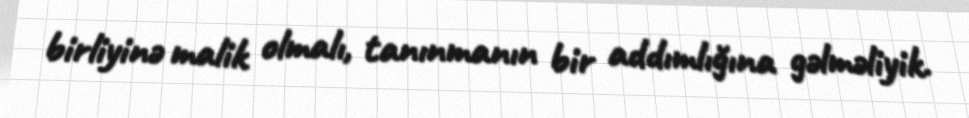
birliyinə malik olmalı, tanınmanın bir addımlığına gəlməliyik.